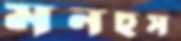
মনহুস